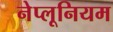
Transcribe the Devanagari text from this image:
नेप्लूनियम